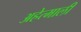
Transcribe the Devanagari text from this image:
अहेत्माली